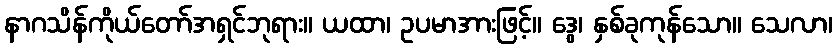
နာဂသိန်ကိုယ်တော်အရှင်ဘုရား။ ယထာ၊ ဥပမာအားဖြင့်။ ဒွေ၊ နှစ်ခုကုန်သော။ သေလာ၊